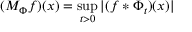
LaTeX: ( M _ { \Phi } f ) ( x ) = \operatorname* { s u p } _ { t > 0 } | ( f * \Phi _ { t } ) ( x ) |